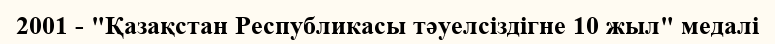
2001 - "Қазақстан Республикасы тәуелсіздігне 10 жыл" медалі